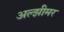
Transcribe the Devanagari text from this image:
अल्झीमर